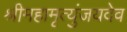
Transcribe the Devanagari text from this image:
श्रीमहामृत्युंजयदेव